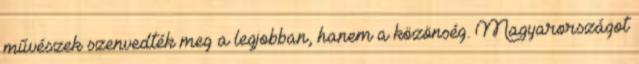
művészek szenvedték meg a legjobban, hanem a közönség. Magyarországot